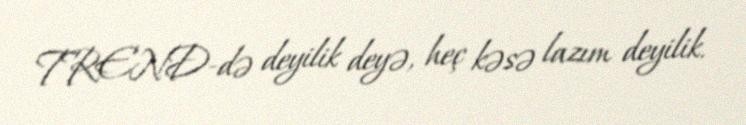
TREND-də deyilik deyə, heç kəsə lazım deyilik.